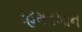
રહમતખાન